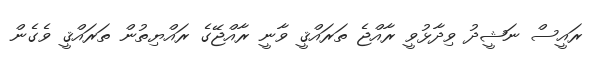
ރައީސް ނަޝީދު ވިދާޅުވީ ރާއްޖެ ތަރައްޤީ ވާނީ ރާއްޖޭގެ ރައްޔިތުން ތަރައްޤީ ވެގެން